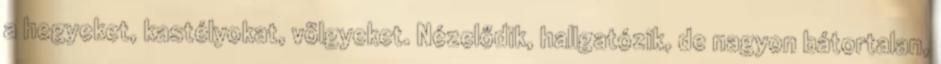
a hegyeket, kastélyokat, völgyeket. Nézelődik, hallgatózik, de nagyon bátortalan,